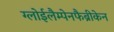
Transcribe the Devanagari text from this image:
ग्लोईलैम्पेनफैब्रीकेन